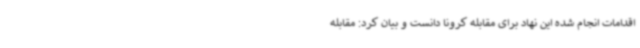
اقدامات انجام شده این نهاد برای مقابله کرونا دانست و بیان کرد: مقابله